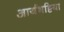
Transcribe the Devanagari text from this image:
आर्यभट्टिया